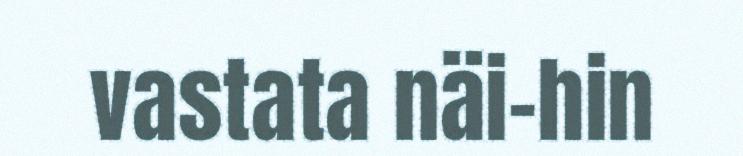
vastata näi-hin